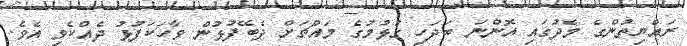
ރައްޔިތުންގެ މެދުގައި އޮންނަ ބަދަހި ގުޅުމުގެ މައްޗަށް ދެބޭފުޅުން ވާހަކަފުޅު ދެއްކެވި އެވެ.